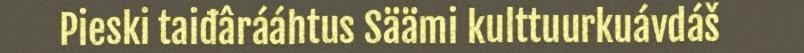
Pieski taiđârááhtus Säämi kulttuurkuávdáš